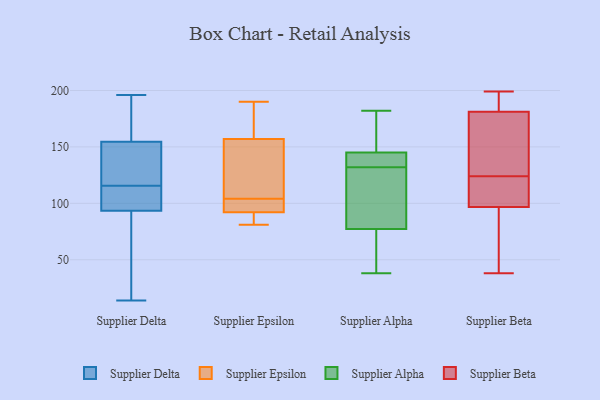
{"axis": {"x": "Customer Acquisition Cost (USD)", "y": "Value"}, "legend": ["Supplier Alpha", "Supplier Beta", "Supplier Delta", "Supplier Epsilon"], "data": [{"x": "", "y": 95, "type": "Supplier Delta"}, {"x": "", "y": 157, "type": "Supplier Delta"}, {"x": "", "y": 143, "type": "Supplier Delta"}, {"x": "", "y": 100, "type": "Supplier Delta"}, {"x": "", "y": 120, "type": "Supplier Delta"}, {"x": "", "y": 48, "type": "Supplier Delta"}, {"x": "", "y": 175, "type": "Supplier Delta"}, {"x": "", "y": 196, "type": "Supplier Delta"}, {"x": "", "y": 32, "type": "Supplier Delta"}, {"x": "", "y": 73, "type": "Supplier Delta"}, {"x": "", "y": 119, "type": "Supplier Delta"}, {"x": "", "y": 99, "type": "Supplier Delta"}, {"x": "", "y": 14, "type": "Supplier Delta"}, {"x": "", "y": 92, "type": "Supplier Delta"}, {"x": "", "y": 112, "type": "Supplier Delta"}, {"x": "", "y": 101, "type": "Supplier Delta"}, {"x": "", "y": 152, "type": "Supplier Delta"}, {"x": "", "y": 182, "type": "Supplier Delta"}, {"x": "", "y": 166, "type": "Supplier Delta"}, {"x": "", "y": 120, "type": "Supplier Delta"}, {"x": "", "y": 169, "type": "Supplier Epsilon"}, {"x": "", "y": 190, "type": "Supplier Epsilon"}, {"x": "", "y": 81, "type": "Supplier Epsilon"}, {"x": "", "y": 147, "type": "Supplier Epsilon"}, {"x": "", "y": 99, "type": "Supplier Epsilon"}, {"x": "", "y": 92, "type": "Supplier Epsilon"}, {"x": "", "y": 98, "type": "Supplier Epsilon"}, {"x": "", "y": 82, "type": "Supplier Epsilon"}, {"x": "", "y": 157, "type": "Supplier Epsilon"}, {"x": "", "y": 109, "type": "Supplier Epsilon"}, {"x": "", "y": 132, "type": "Supplier Alpha"}, {"x": "", "y": 140, "type": "Supplier Alpha"}, {"x": "", "y": 38, "type": "Supplier Alpha"}, {"x": "", "y": 69, "type": "Supplier Alpha"}, {"x": "", "y": 100, "type": "Supplier Alpha"}, {"x": "", "y": 182, "type": "Supplier Alpha"}, {"x": "", "y": 163, "type": "Supplier Alpha"}, {"x": "", "y": 80, "type": "Supplier Alpha"}, {"x": "", "y": 143, "type": "Supplier Alpha"}, {"x": "", "y": 151, "type": "Supplier Alpha"}, {"x": "", "y": 136, "type": "Supplier Alpha"}, {"x": "", "y": 129, "type": "Supplier Alpha"}, {"x": "", "y": 62, "type": "Supplier Alpha"}, {"x": "", "y": 124, "type": "Supplier Beta"}, {"x": "", "y": 48, "type": "Supplier Beta"}, {"x": "", "y": 181, "type": "Supplier Beta"}, {"x": "", "y": 81, "type": "Supplier Beta"}, {"x": "", "y": 199, "type": "Supplier Beta"}, {"x": "", "y": 102, "type": "Supplier Beta"}, {"x": "", "y": 195, "type": "Supplier Beta"}, {"x": "", "y": 38, "type": "Supplier Beta"}, {"x": "", "y": 136, "type": "Supplier Beta"}, {"x": "", "y": 106, "type": "Supplier Beta"}, {"x": "", "y": 172, "type": "Supplier Beta"}, {"x": "", "y": 182, "type": "Supplier Beta"}, {"x": "", "y": 114, "type": "Supplier Beta"}]}